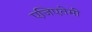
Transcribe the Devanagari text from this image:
एजिएतेमी